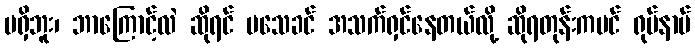
မရှိဘူး၊ ဘာကြောင့်လဲ ဆိုရင် မသေခင် အသက်ရှင်နေတယ်လို့ ဆိုရတုန်းကပင် ရုပ်နာမ်